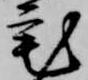
宅